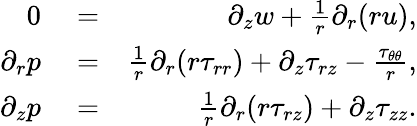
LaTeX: \begin{array}{rlr}{0}&{{}=}&{\partial_{z}{w}+\frac{1}{r}\partial_{r}(r{u}),}\\ {\partial_{r}{p}}&{{}=}&{\frac{1}{r}\partial_{r}(r\tau_{rr})+\partial_{z}\tau_{rz}-\frac{\tau_{\theta\theta}}{r},}\\ {\partial_{z}{p}}&{{}=}&{\frac{1}{r}\partial_{r}(r\tau_{rz})+\partial_{z}\tau_{zz}.}\end{array}